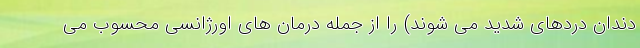
دندان دردهای شدید می شوند) را از جمله درمان های اورژانسی محسوب می